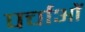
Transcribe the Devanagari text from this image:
पर्चाओं